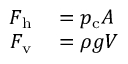
\begin{array} { r l } { F _ { \mathrm { h } } } & { { } = p _ { \mathrm { c } } A } \\ { F _ { \mathrm { v } } } & { { } = \rho g V } \end{array}